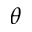
\theta